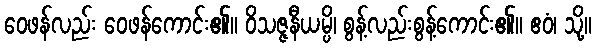
ဝေဖန်လည်း ဝေဖန်ကောင်း၏။ ဝိသဇ္ဇနီယမ္ပိ၊ စွန့်လည်းစွန့်ကောင်း၏။ ဧဝံ၊ သို့။